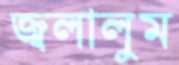
জ্বলালুম